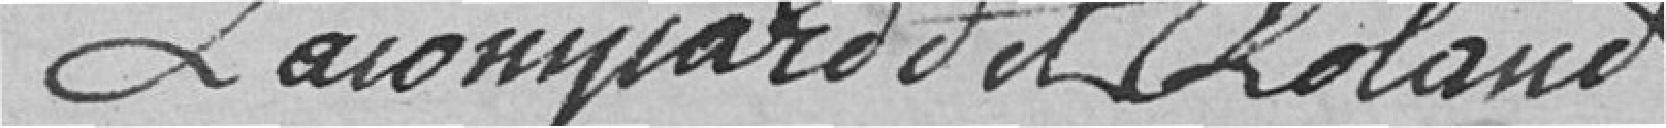
Lacompard et Roland